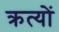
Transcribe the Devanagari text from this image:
क्रत्यों